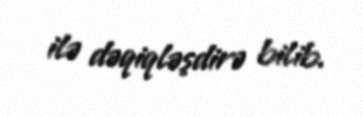
ilə dəqiqləşdirə bilib.